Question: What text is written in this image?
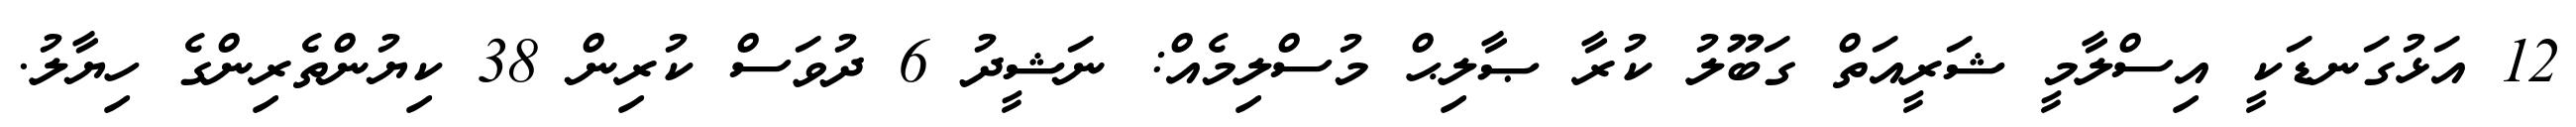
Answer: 12 އަޅުގަނޑަކީ އިސްލާމީ ޝަރީއަތް ގަބޫލު ކުރާ ޞާލިޙް މުސްލިމެއް: ނަޝީދު 6 ދުވަސް ކުރިން 38 ކިޔުންތެރިންގެ ހިޔާލު.